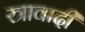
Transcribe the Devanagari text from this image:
स्त्रावादी